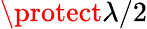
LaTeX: \protect\lambda/2